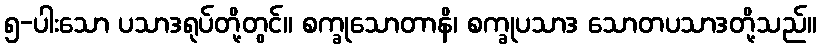
၅-ပါးသော ပသာဒရုပ်တို့တွင်။ စက္ခုသောတာနိ၊ စက္ခုပသာဒ သောတပသာဒတို့သည်။